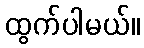
ထွက်ပါမယ်။